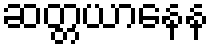
ဆတ္တယာနေန